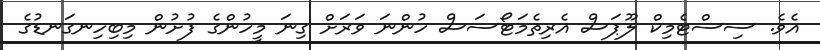
އެވެ. ސިސްޓެމިކް ލޫޕަސް އެރިތެމަޓޯސަސް ހުންނަ ވަރަށް ގިނަ މީހުންގެ ފުށުން މިބިހިނގަނޑުގެ